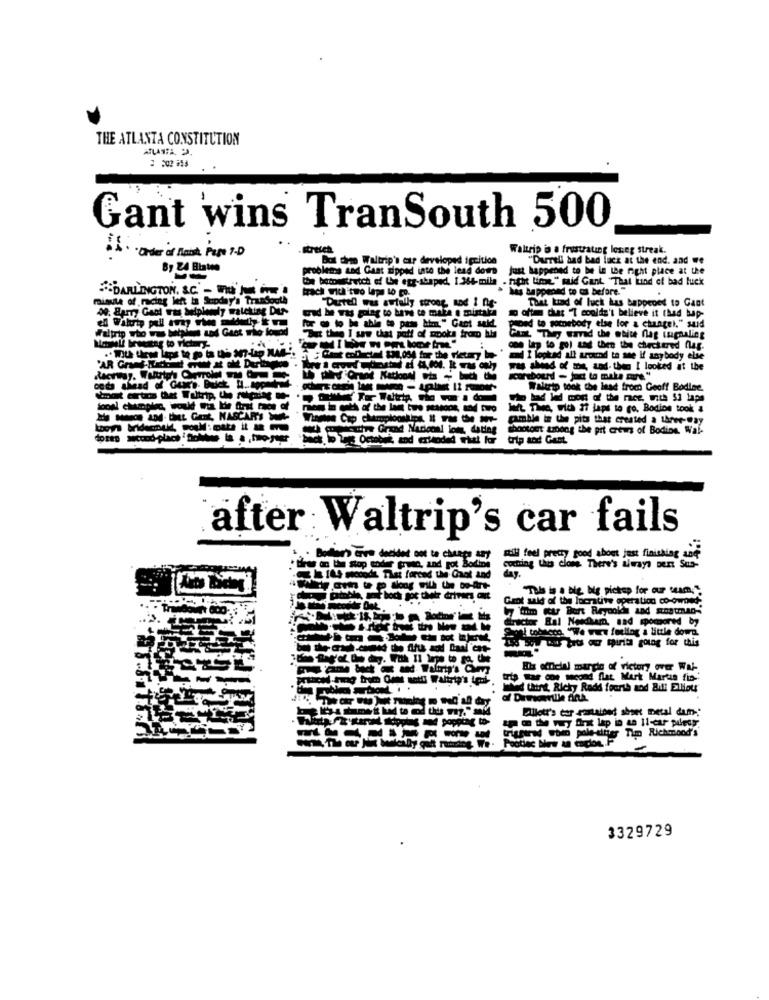
THE ATLANTA CONSTITUTION
Gant wins TranSouth 500
reset
Waltrip is a frustrating loseg streak.
Dot dero Waltrip's cur developed igcition
"Darrell bad bad luck at the end. and we
problems and Gant dipped into the lead dom
Just happened to be in the right place at the
Con baconstretch of the egg-shaped, 1 366-mile . night time." said Gant. "That luind of bad luck
DARLINGTON, &C.' - US IL ONE'
trach vita'two laps to co.
has happened to as before."
minute of racing left la Sunday's Trandooth
"Durrell was awfully stroop nod I ne-
That kind of luck has happened to Gant
ofte that "I couldn't believe it thad bap-
pond to somebody else for a changel." said
Gant They tavad che white nag inghaling
one lap to gol sad then
of the the checkered flag.
Chat coD ctel 838,004 for the victory bo ' and I lopkad all around to see if anybody else
I looked all around to see if anybody else
was abend of mos, and- then I looked at the
Orans Katloon win + buch the scorebound - jac to make mire"
cets alhead of Gene's Buick U.app
Waltrip took the lead from Geoff Bodlee,
Who had led most of the race, with $2 laps
Wat Thee, with 27 japs to go, Bodice took &
Vinen Cap champions - -- ---
cumble in the pits that created a three-@ay
wouhwe Grand Naricon! iome, dating
shootout among the pit crews of Bodine, Wal-
trip and Gant.
after Waltrip's car fails
decided not to change Any
will feel pretty good about just finishing and
rot Bodine
coching this clone. There's always Den Sus-
dt That forced the Gaot and
ep song with the bo-Art
The bo Die bye pickup for our com !!
Grot sald of the lucrative operation co-owned.
Wy tom kur Burt Reynolds and sontman-
Son! tobacco. "We were fouling a little down.
150 SON DE Trus or mpirita going for this
His official margin of victory over Wal-
--- wood flat Mart Marta fis-
Med think Ricky Radd fourth and Bill Elliot
Pilot's car -contained sheet metal dam-
& t wy fint lip in ts Il-ctr piledy.
triggered The pale-sitter Tim Richmond's
3329729